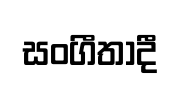
සංගීතාදී